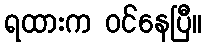
ရထားက ဝင်နေပြီ။